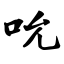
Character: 吮